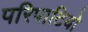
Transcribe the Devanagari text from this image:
परिपाटियो